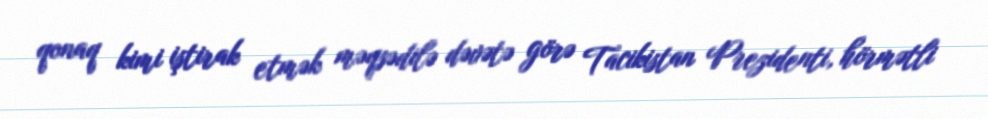
qonaq kimi iştirak etmək məqsədilə dəvətə görə Tacikistan Prezidenti, hörmətli